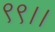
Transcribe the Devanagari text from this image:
९९।।